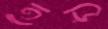
তোড়ি